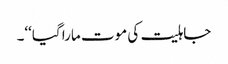
جاہلیت کی موت مارا گیا‘‘۔